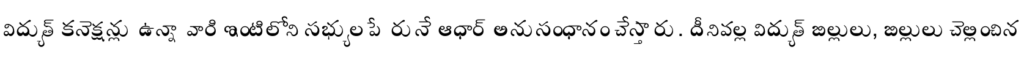
విద్యుత్ కనెక్షన్లు ఉన్నా వారి ఇంటిలోని సభ్యుల పేరునే ఆధార్ అనుసంధానం చేస్తారు. దీనివల్ల విద్యుత్ బిల్లులు, బిల్లులు చెల్లించిన